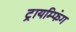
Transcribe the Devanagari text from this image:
ट्रायम्फिंग